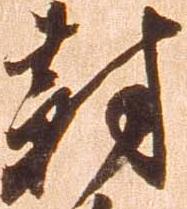
対